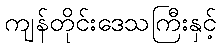
ကျန်တိုင်းဒေသကြီးနှင့်